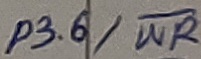
Text: P3.6/WR